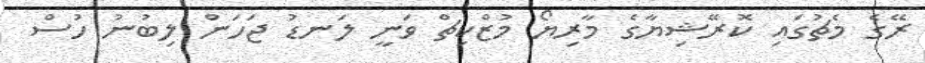
ރޭގެ މެޗުގައި ކޮރޭޝިޔާގެ މާރިޔޯ މުޒްކިޗް ވަނީ ލަނޑު ޖަހަން ލިބުނު ހުސް